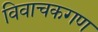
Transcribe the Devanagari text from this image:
विवाचकगण